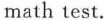
math test.